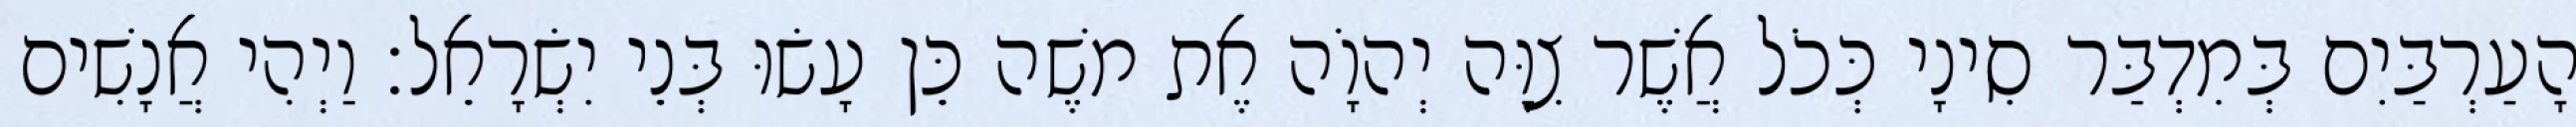
הָעַרְבַּיִם בְּמִדְבַּר סִינָי כְּכֹל אֲשֶׁר צִוָּה יְהוָֹה אֶת משֶׁה כֵּן עָשׂוּ בְּנֵי יִשְׂרָאֵל׃ וַיְהִי אֲנָשִׁים